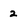
Character: 2